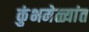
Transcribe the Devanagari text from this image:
कुंभमेळ्यांत